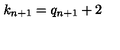
k _ { n + 1 } = q _ { n + 1 } + 2